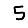
Digit: 5